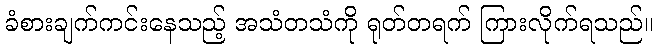
ခံစားချက်ကင်းနေသည့် အသံတသံကို ရုတ်တရက် ကြားလိုက်ရသည်။